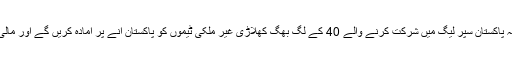
وسیم خان کا مزید کہنا تھا کہ پاکستان سپر لیگ میں شرکت کرنے والے 40 کے لگ بھگ کھلاڑی غیر ملکی ٹیموں کو پاکستان آنے پر آمادہ کریں گے اور مالی مسائل کا خاتمہ ہوجائے گا۔